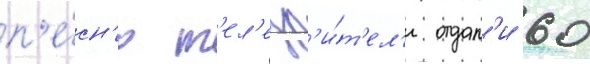
п'е́сн'ю т'ел'езр'и́т'ел'и отдал'и 60